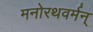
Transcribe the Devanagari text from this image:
मनोरथवर्मन्